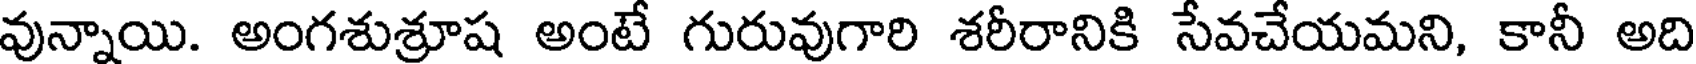
వున్నాయి. అంగశుశ్రూష అంటే గురువుగారి శరీరానికి సేవచేయమని, కానీ అది